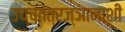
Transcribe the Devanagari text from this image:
उच्चतंत्रज्ञानाशी